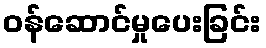
ဝန်ဆောင်မှုပေးခြင်း